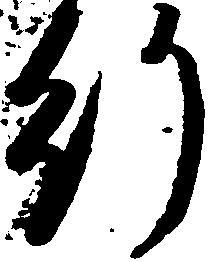
行